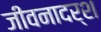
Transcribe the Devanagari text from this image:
जीवनादर्श